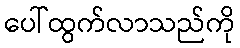
ပေါ်ထွက်လာသည်ကို